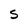
Character: S